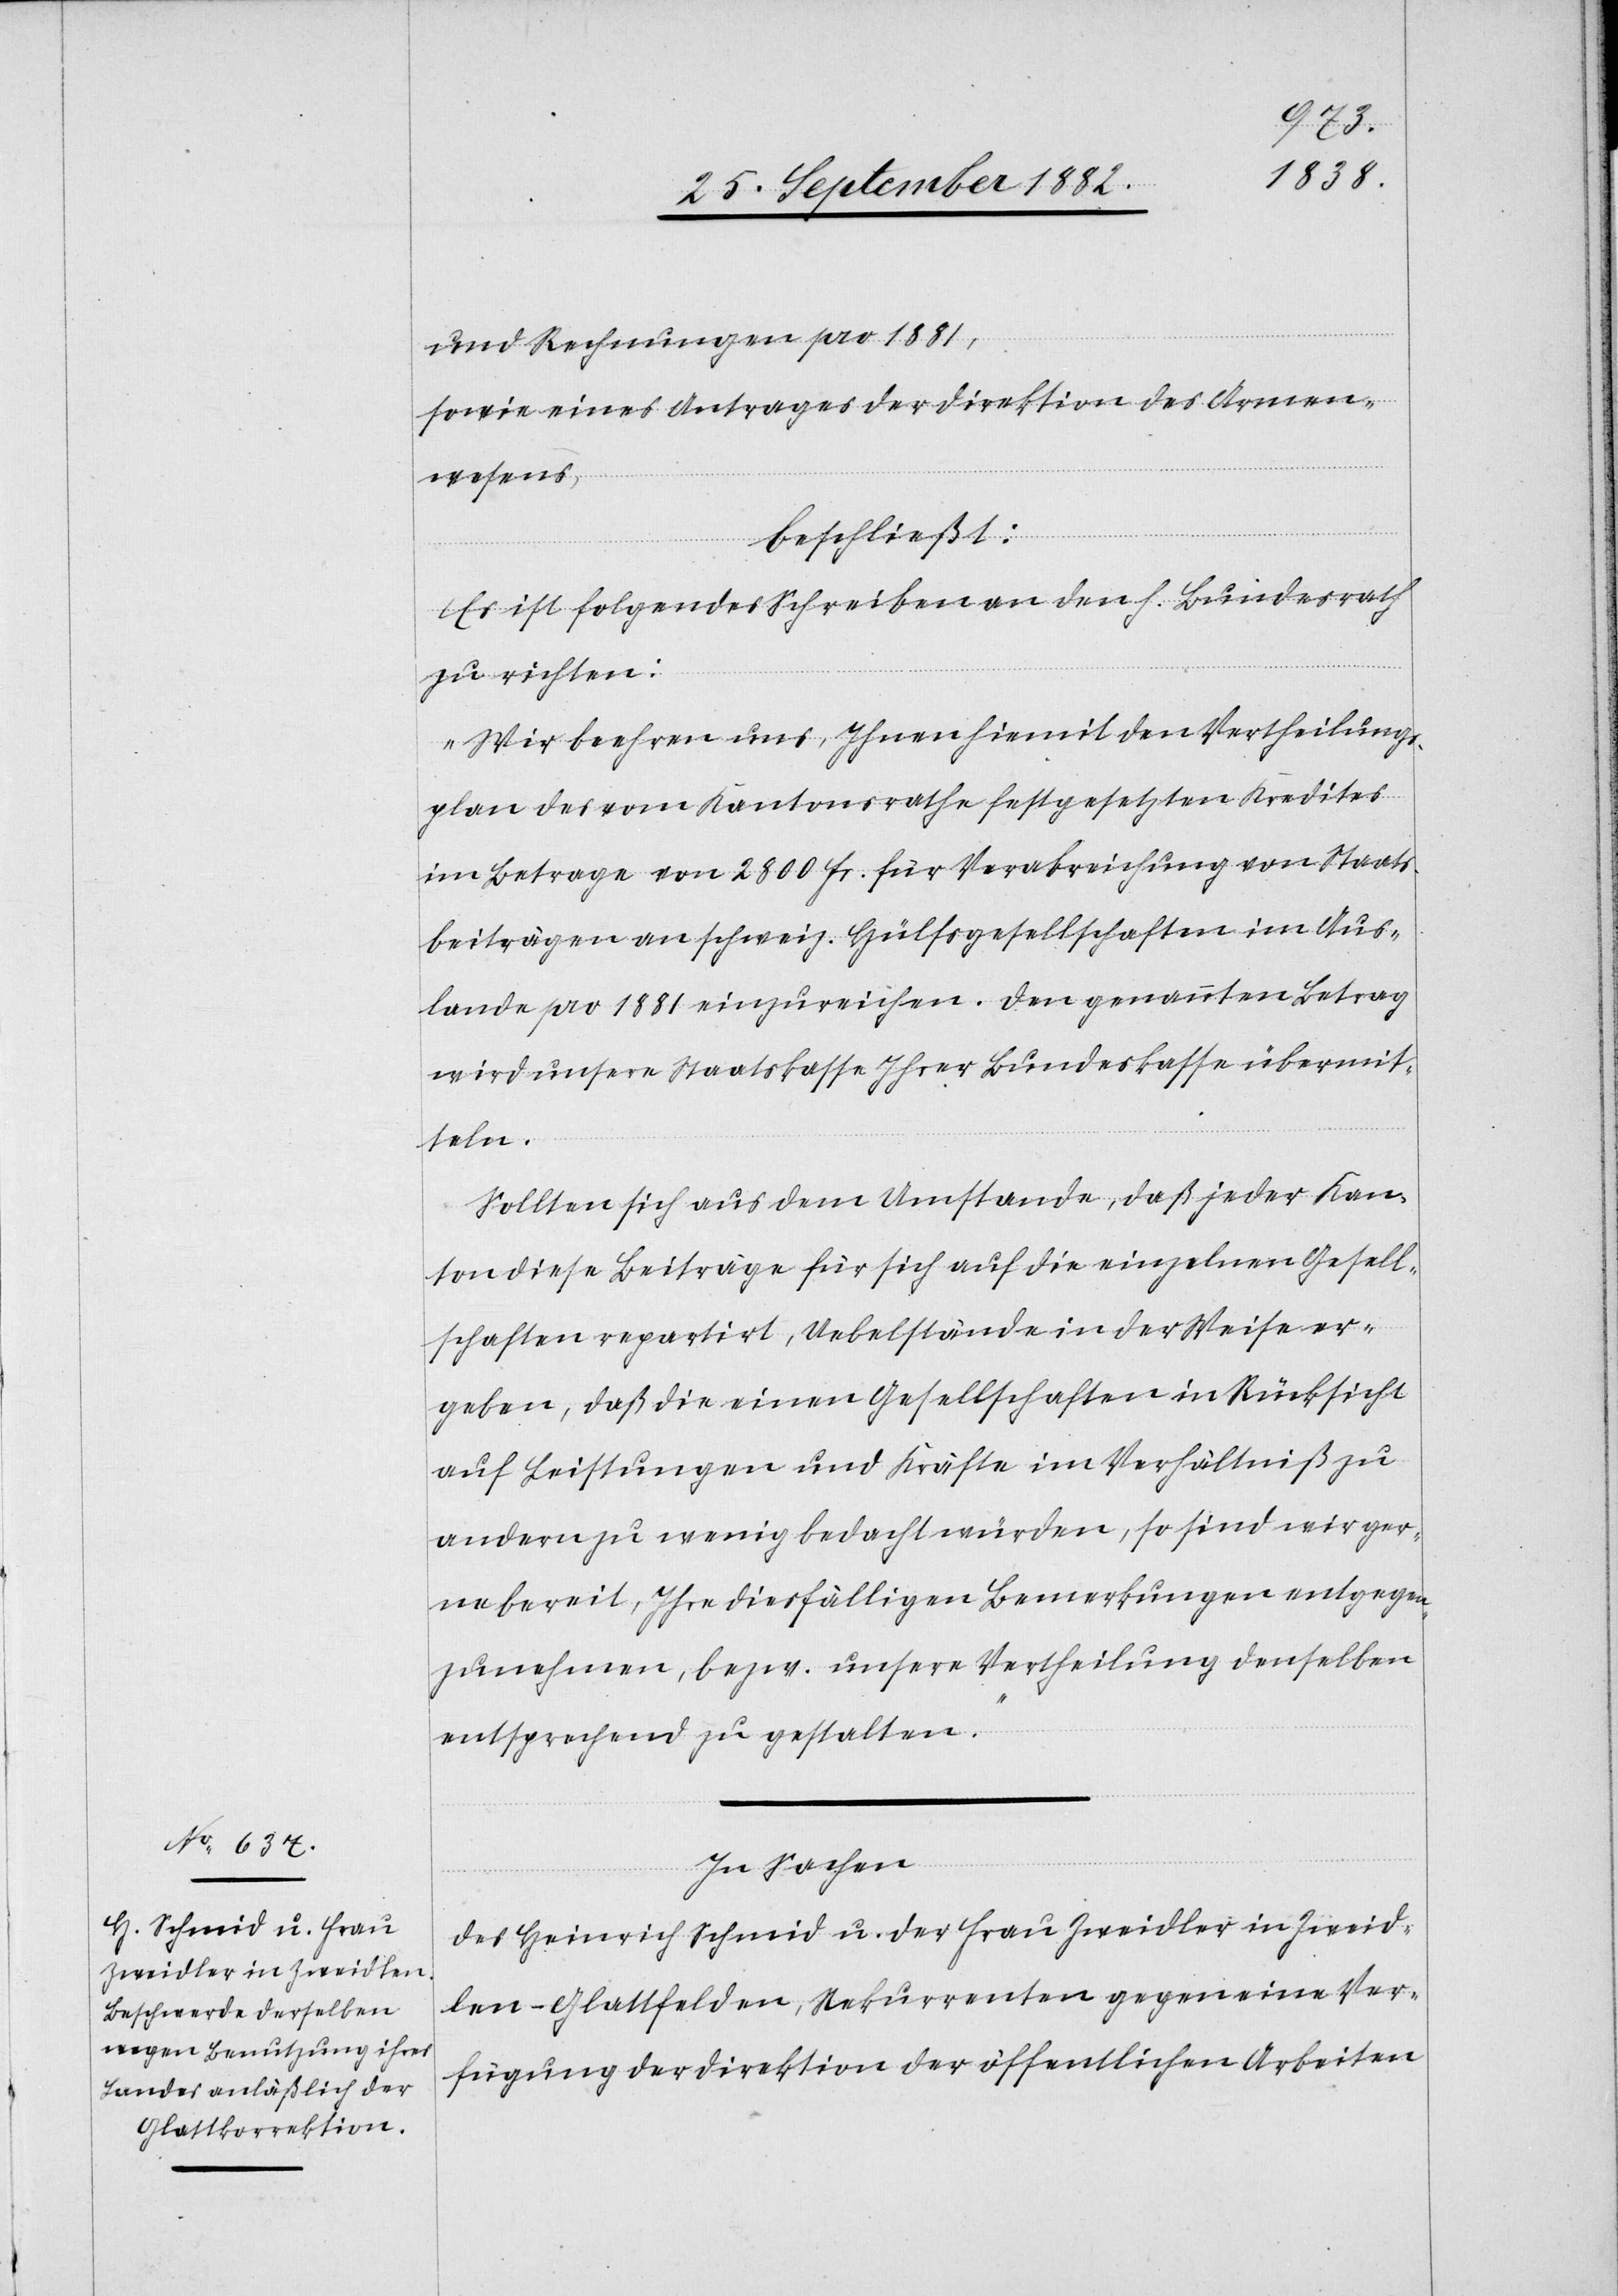
und Rechnungen pro 1881,
sowie eines Antrages der Direktion des Armen¬
wesens,
beschließt:
Es ist folgendes Schreiben an den h. Bundesrath
zu richten:
„Wir beehren uns, Ihnen hiemit den Vertheilungs¬
plan des vom Kantonsrathe festgesetzten Kredites
im Betrage von 2800 Fr. für Verabreichung von Staats¬
beiträgen an schweiz. Hülfsgesellschaften im Aus¬
lande pro 1881 einzureichen. Den genannten Betrag
wird unsere Staatskasse ihrer Bundeskasse übermit¬
teln.
Sollten sich aus dem Umstande, daß jeder Kan¬
ton diese Beiträge für sich auf die einzelnen Gesell¬
schaften repartirt, Uebelstände in der Weise er¬
geben, daß die einen Gesellschaften in Rücksicht
auf Leistungen und Kräfte im Verhältniß zu
andern zu wenig bedacht würden, so sind wir ger¬
ne bereit, Ihre diesfälligen Bemerkungen entgegen¬
zunehmen, bezw. unsere Vertheilung denselben
entsprechen zu gestalten.“
In Sachen
des Heinrich Schmid u. der Frau Zweidler in Zweid¬
len - Glattfelden, Rekurrenten gegen eine Ver¬
fügung der Direktion der öffentlichen Arbeiten